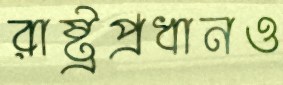
রাষ্ট্রপ্রধানও